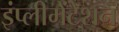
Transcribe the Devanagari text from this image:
इंप्लीमेंटेशन